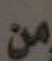
من